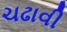
ચઢાવી